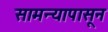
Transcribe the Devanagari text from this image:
सामन्यापासून